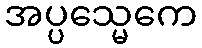
အပ္ပသ္မေကေ